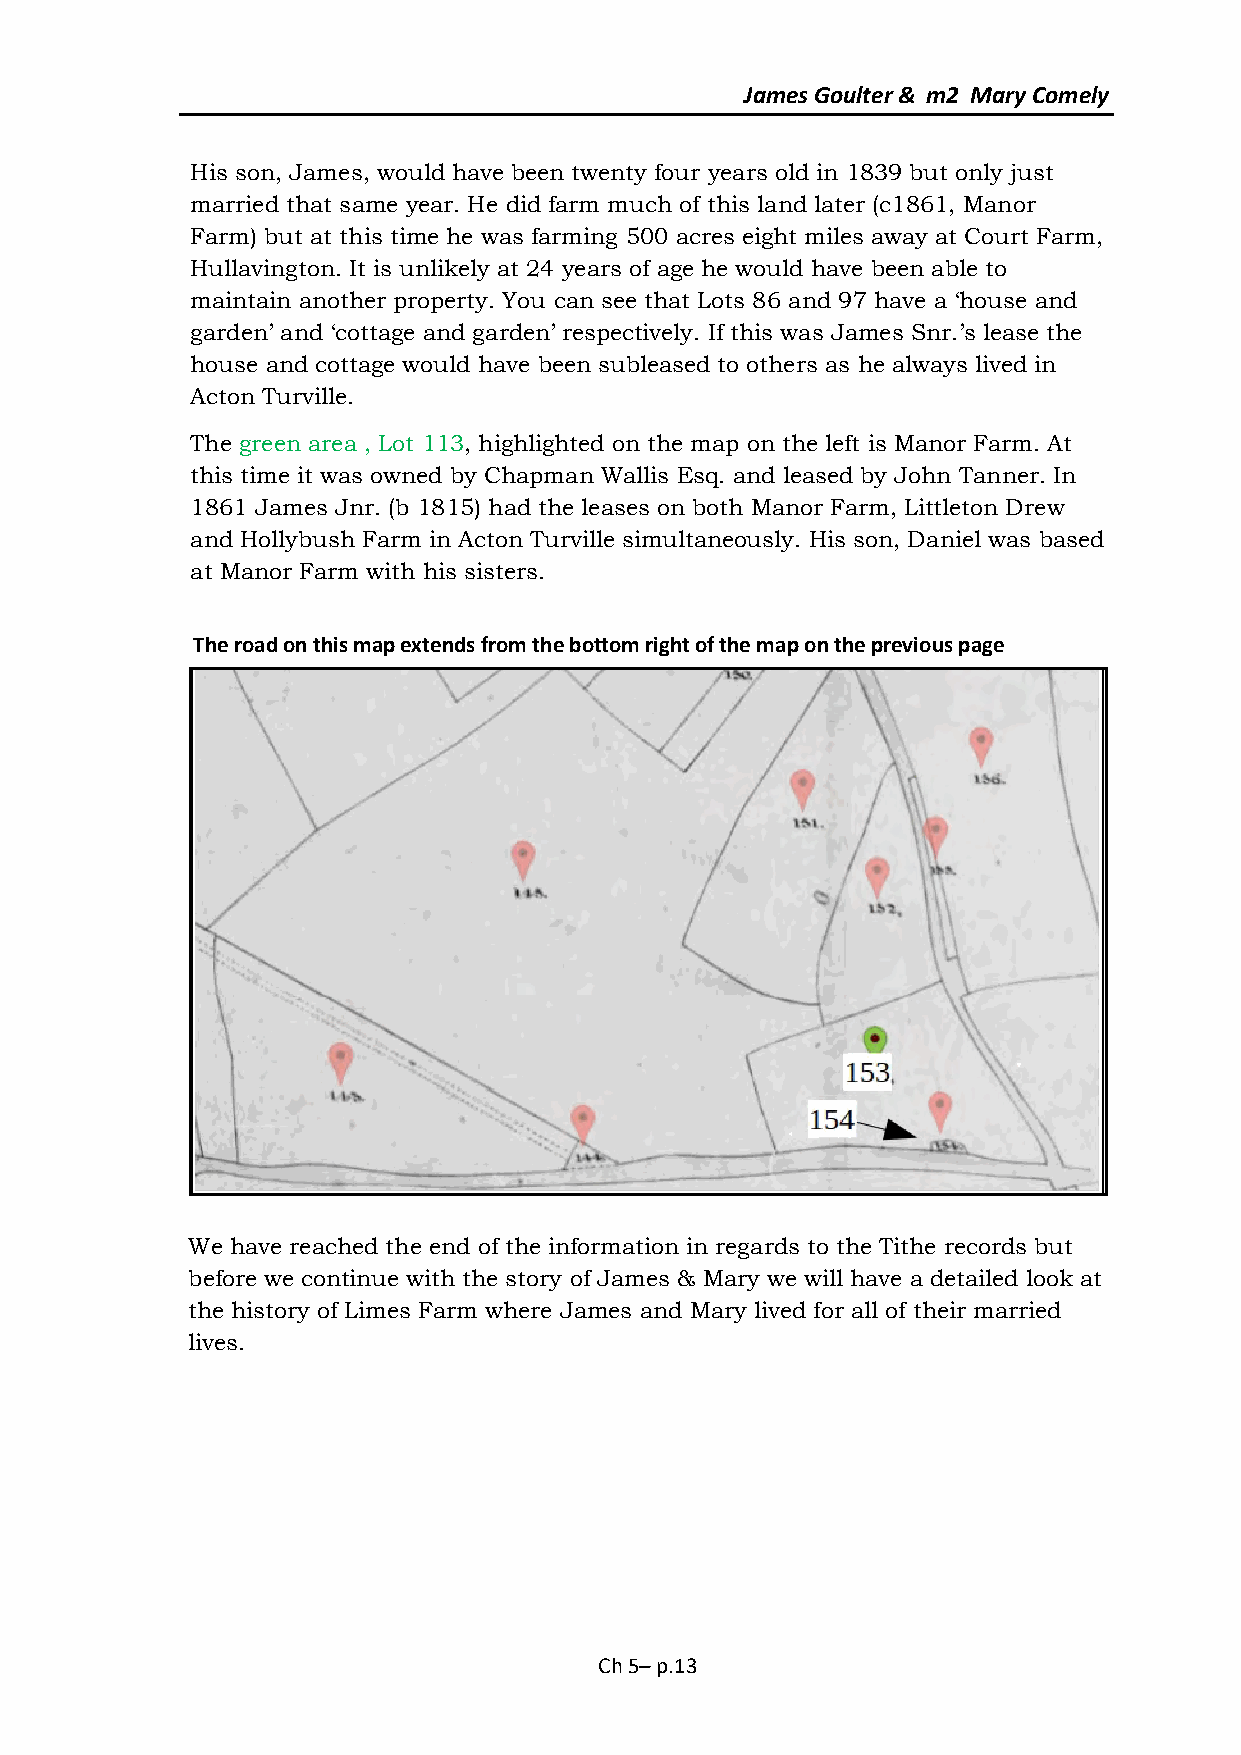
James Goulter & m2 Mary Comely
 His son, James, would have been twenty four years old in 1839 but only just
 married that same year. He did farm much of this land later (c1861, Manor
 Farm) but at this time he was farming 500 acres eight miles away at Court Farm,
 Hullavington. It is unlikely at 24 years of age he would have been able to
 maintain another property. You can see that Lots 86 and 97 have a ‘house and
 garden’ and ‘cottage and garden’ respectively. If this was James Snr.’s lease the
 house and cottage would have been subleased to others as he always lived in
 Acton Turville.
 The green area , Lot 113, highlighted on the map on the left is Manor Farm. At
 this time it was owned by Chapman Wallis Esq. and leased by John Tanner. In
 1861 James Jnr. (b 1815) had the leases on both Manor Farm, Littleton Drew
 and Hollybush Farm in Acton Turville simultaneously. His son, Daniel was based
 at Manor Farm with his sisters.
 The road on this map extends from the bottom right of the map on the previous page
 We have reached the end of the information in regards to the Tithe records but
 before we continue with the story of James & Mary we will have a detailed look at
 the history of Limes Farm where James and Mary lived for all of their married
 lives.
 Ch 5– p.13